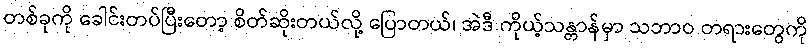
တစ်ခုကို ခေါင်းတပ်ပြီးတော့ စိတ်ဆိုးတယ်လို့ ပြောတယ်၊ အဲဒီ ကိုယ့်သန္တာန်မှာ သဘာဝ တရားတွေကို